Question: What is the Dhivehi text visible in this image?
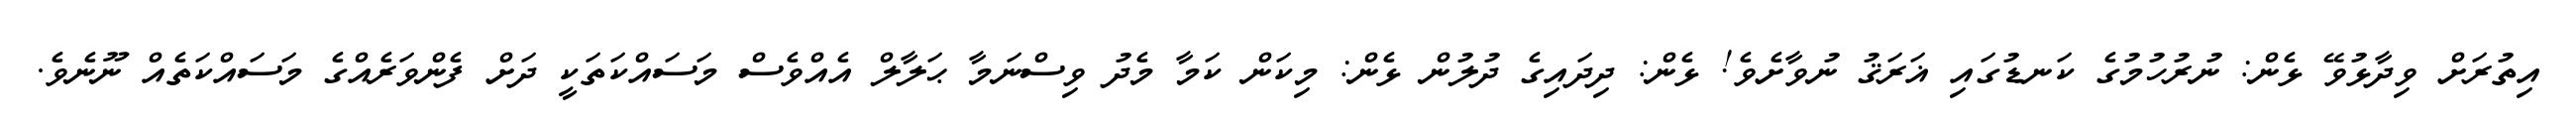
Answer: އިތުރަށް ވިދާޅުވޭ ޅެން: ނުރުހުމުގެ ކަނޑުގައި ޣަރަޤު ނުވާށެވެ! ޅެން: ދިދައިގެ ދުލުން ޅެން: މިކަން ކަމާ މެދު ވިސްނަމާ ޙަލާލް އެއްވެސް މަސައްކަތަކީ ދަށް ފެންވަރެއްގެ މަސައްކަތެއް ނޫނެވެ.